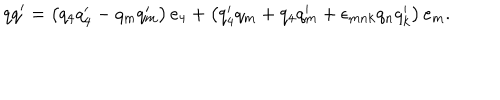
q q ^ { \prime } = \left( q _ { 4 } q _ { 4 } ^ { \prime } - q _ { m } q _ { m } ^ { \prime } \right) e _ { 4 } + \left( q _ { 4 } ^ { \prime } q _ { m } + q _ { 4 } q _ { m } ^ { \prime } + \epsilon _ { m n k } q _ { n } q _ { k } ^ { \prime } \right) e _ { m } .